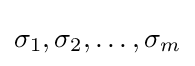
\sigma _{1},\sigma _{2},\dots ,\sigma _{m}